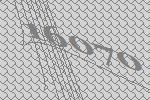
16070